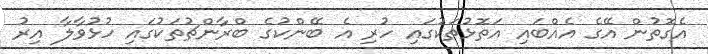
އެގޮތުން އޭގެ އެއްބައި އަތޮޅުތަކުގައި ހުރި އެ ބޭންކުގެ ބްރާންޗުތަކުގައި ހުޅުވާލާ އިރު